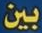
بين